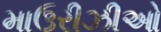
માઉરીઝીઓ